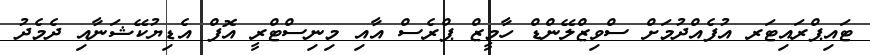
ޓައިޕްރައިޓަރ އުފެއްދުމަށް ސްވިޒްލޭންޑް ހާމީޒް ޕްރެސް އާއި މިނިސްޓްރީ އޮފް އެޑިޔުކޭޝަނާއި ދެމެދު